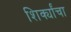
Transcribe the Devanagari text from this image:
शिर्क्यांचा